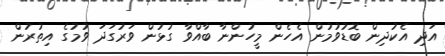
އަދި އެކުދިން ބޮޑުވުމުން އެހެން މީހުންނާ ބާއްވާ ގުޅުން ވަރުގަދަ ވުމުގެ އިތުރުން